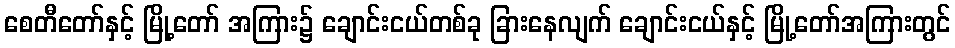
စေတီတော်နှင့် မြို့တော် အကြား၌ ချောင်းငယ်တစ်ခု ခြားနေလျက် ချောင်းငယ်နှင့် မြို့တော်အကြားတွင်